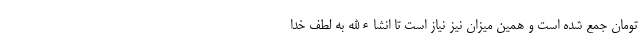
تومان جمع شده است و همین میزان نیز نیاز است تا انشاءالله به لطف خدا